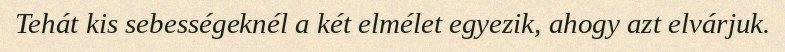
Tehát kis sebességeknél a két elmélet egyezik, ahogy azt elvárjuk.